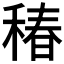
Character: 𥠔